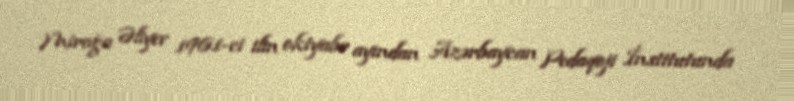
Mirağa Əliyev 1961-ci ilin oktyabr ayından Azərbaycan Pedaqoji İnstitutunda